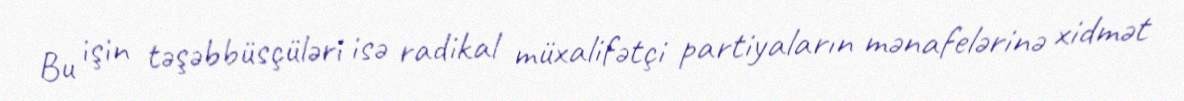
Bu işin təşəbbüsçüləri isə radikal müxalifətçi partiyaların mənafelərinə xidmət